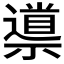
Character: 𱵮